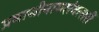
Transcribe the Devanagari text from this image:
प्रमाथीनामसंवत्सरीं